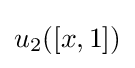
u_{2}([x,1])